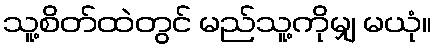
သူ့စိတ်ထဲတွင် မည်သူ့ကိုမျှ မယုံ။